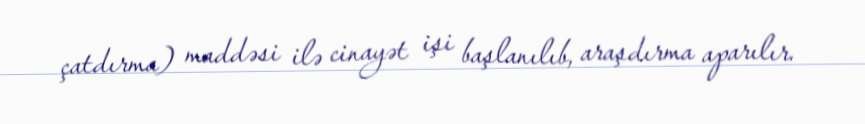
çatdırma) maddəsi ilə cinayət işi başlanılıb, araşdırma aparılır.